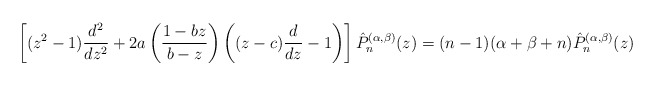
\begin{align*}\left[(z^2-1)\frac{d^2}{dz^2}+2a\left(\frac{1-bz}{b-z}\right)\left((z-c)\frac{d}{dz}-1\right)\right]\hat{P}_n^{(\alpha,\beta)}(z)=(n-1)(\alpha+\beta+n)\hat{P}_n^{(\alpha,\beta)}(z)\end{align*}